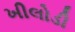
ખીલોડી